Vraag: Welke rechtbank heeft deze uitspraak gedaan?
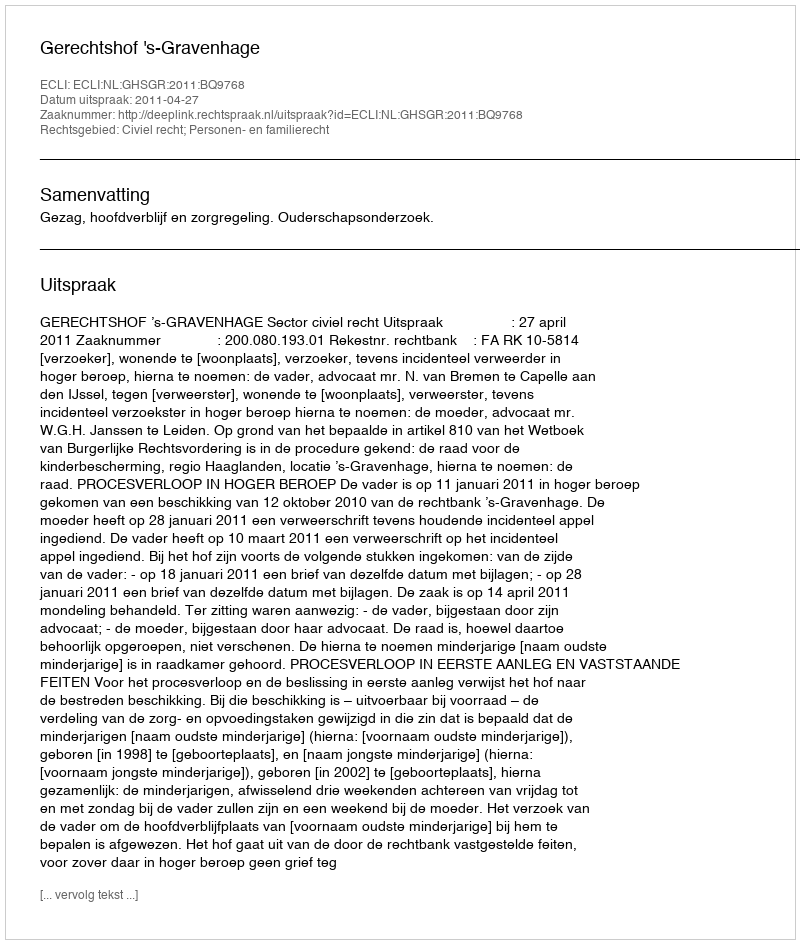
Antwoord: Gerechtshof 's-Gravenhage